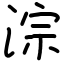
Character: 淙